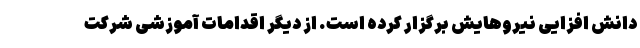
دانش افزایی نیروهایش برگزار کرده است. از دیگر اقدامات آموزشی شرکت